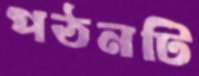
পঠনটি